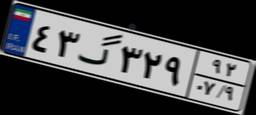
۴۳گ۳۲۹۹۲